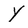
Character: Y